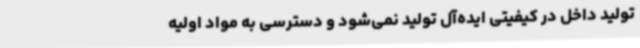
تولید داخل در کیفیتی ایده‌آل تولید نمی‌شود و دسترسی به مواد اولیه